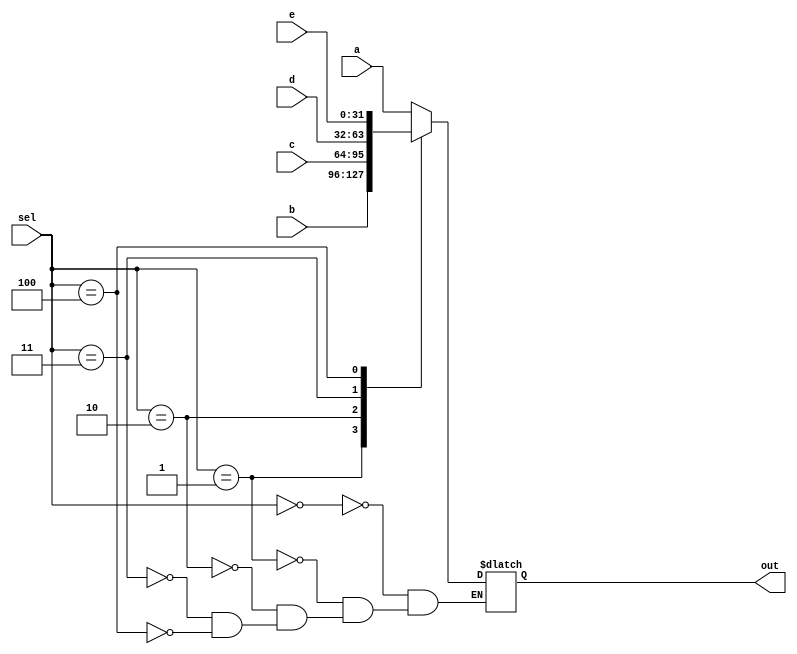
module mux3_8 (a,b,c,d,e,sel,out);
    input wire [31:0] a,b,c,d,e;
    input wire [2:0] sel;

    output reg [31:0] out;

    always @ (*) begin
        case (sel)
            3'b000 : out = a;
            3'b001 : out = b;
            3'b010 : out = c;
            3'b011 : out = d;
            3'b100 : out = e;

        endcase
    end
endmodule